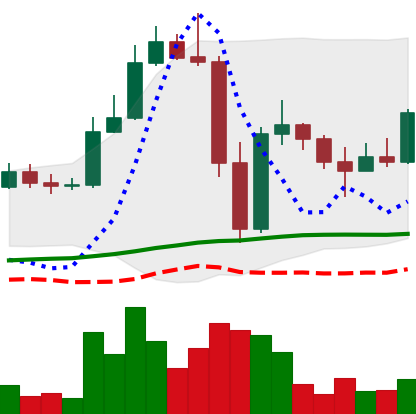
Ticker: LTC-USD
Chart end date: 2022-11-17
Forward return: 12.737%
Label: up_7plus